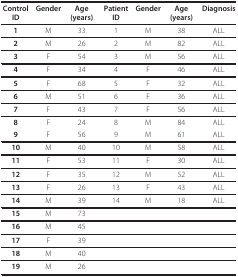
| Control ID | Gender | Age (years) | Patient ID | Gender | Age (years) | Diagnosis |
 | --- | --- | --- | --- | --- | --- | --- |
 | 1 | M | 33 | 1 | M | 38 | ALL |
 | 2 | M | 26 | 2 | M | 82 | ALL |
 | 3 | F | 54 | 3 | M | 56 | ALL |
 | 4 | F | 34 | 4 | F | 46 | ALL |
 | 5 | F | 68 | 5 | F | 32 | ALL |
 | 6 | M | 51 | 6 | F | 36 | ALL |
 | 7 | F | 43 | 7 | F | 56 | ALL |
 | 8 | F | 24 | 8 | M | 84 | ALL |
 | 9 | F | 56 | 9 | M | 61 | ALL |
 | 10 | M | 40 | 10 | M | 58 | ALL |
 | 11 | F | 53 | 11 | F | 30 | ALL |
 | 12 | F | 35 | 12 | M | 52 | ALL |
 | 13 | F | 26 | 13 | F | 43 | ALL |
 | 14 | M | 39 | 14 | M | 18 | ALL |
 | 15 | M | 73 |  |  |  |  |
 | 16 | M | 45 |  |  |  |  |
 | 17 | F | 39 |  |  |  |  |
 | 18 | M | 40 |  |  |  |  |
 | 19 | M | 26 |  |  |  |  |